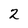
Character: 2